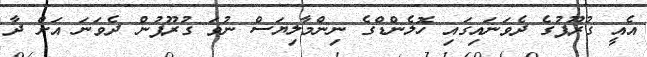
އެއީ ގުރޫޕުގެ ދެވަނައިގައި ހޮލެންޑްގެ ނިންމާލިޔަސް ނުވަ ގުރޫޕުން ދެވަނަ އަށް ދާ